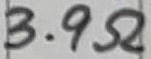
Text: 3.9Ω